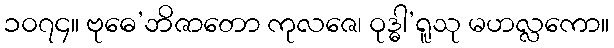
၁၀၇၄။ ဗုဓေ’ဘိဇာတော ကုလဇေ၊ ဝုဒ္ဓါ’ရူသု မဟလ္လကော။